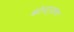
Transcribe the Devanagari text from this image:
कोपऱ्यावर